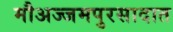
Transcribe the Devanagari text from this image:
मौअज्जमपुरसादात